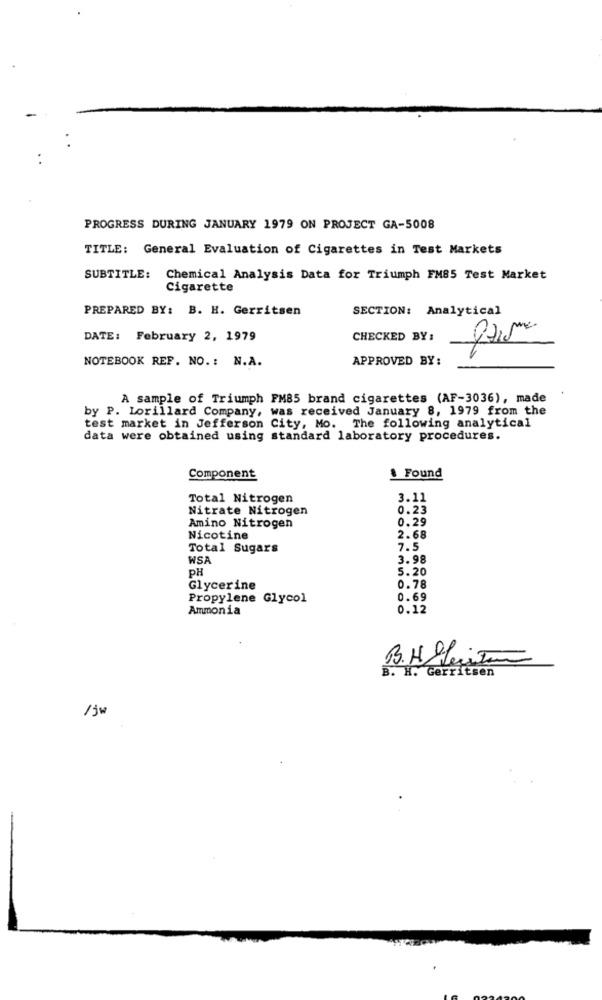
PROGRESS DURING JANUARY 1979 ON PROJECT GA-5008
TITLE: General Evaluation of Cigarettes in Test Markets
SUBTITLE:
Chemical Analysis Data for Triumph FM85 Test Market
Cigarette
PREPARED BY: B. H. Gerritsen
SECTION: Analytical
DATE: February 2, 1979
CHECKED BY:
A
NOTEBOOK REF. NO .: N.A.
APPROVED BY:
A sample of Triumph FM85 brand cigarettes (AF-3036), made
by P. Lorillard Company, was received January 8, 1979 from the
test market in Jefferson City, Mo. The following analytical
data were obtained using standard laboratory procedures.
Component
& Found
Total Nitrogen
3.11
Nitrate Nitrogen
0.23
0.29
Amino Nitrogen
Nicotine
2.68
Total Sugars
7.5
WSA
3.98
PH
5.20
Glycerine
0.78
Propylene Glycol
0.69
Ammonia
0.12
B.HeLeitor
B. H. Gerritsen